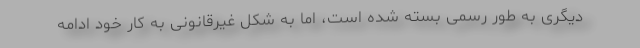
دیگری به طور رسمی بسته شده است، اما به شکل غیرقانونی به کار خود ادامه